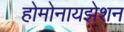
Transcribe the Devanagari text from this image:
होमोनायझेशन